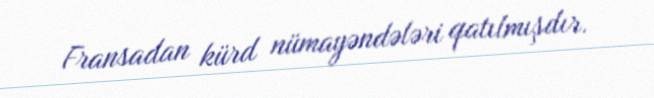
Fransadan kürd nümayəndələri qatılmışdır.